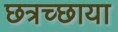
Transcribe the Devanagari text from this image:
छत्रच्छाया